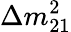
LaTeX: \Delta m_{21}^{2}